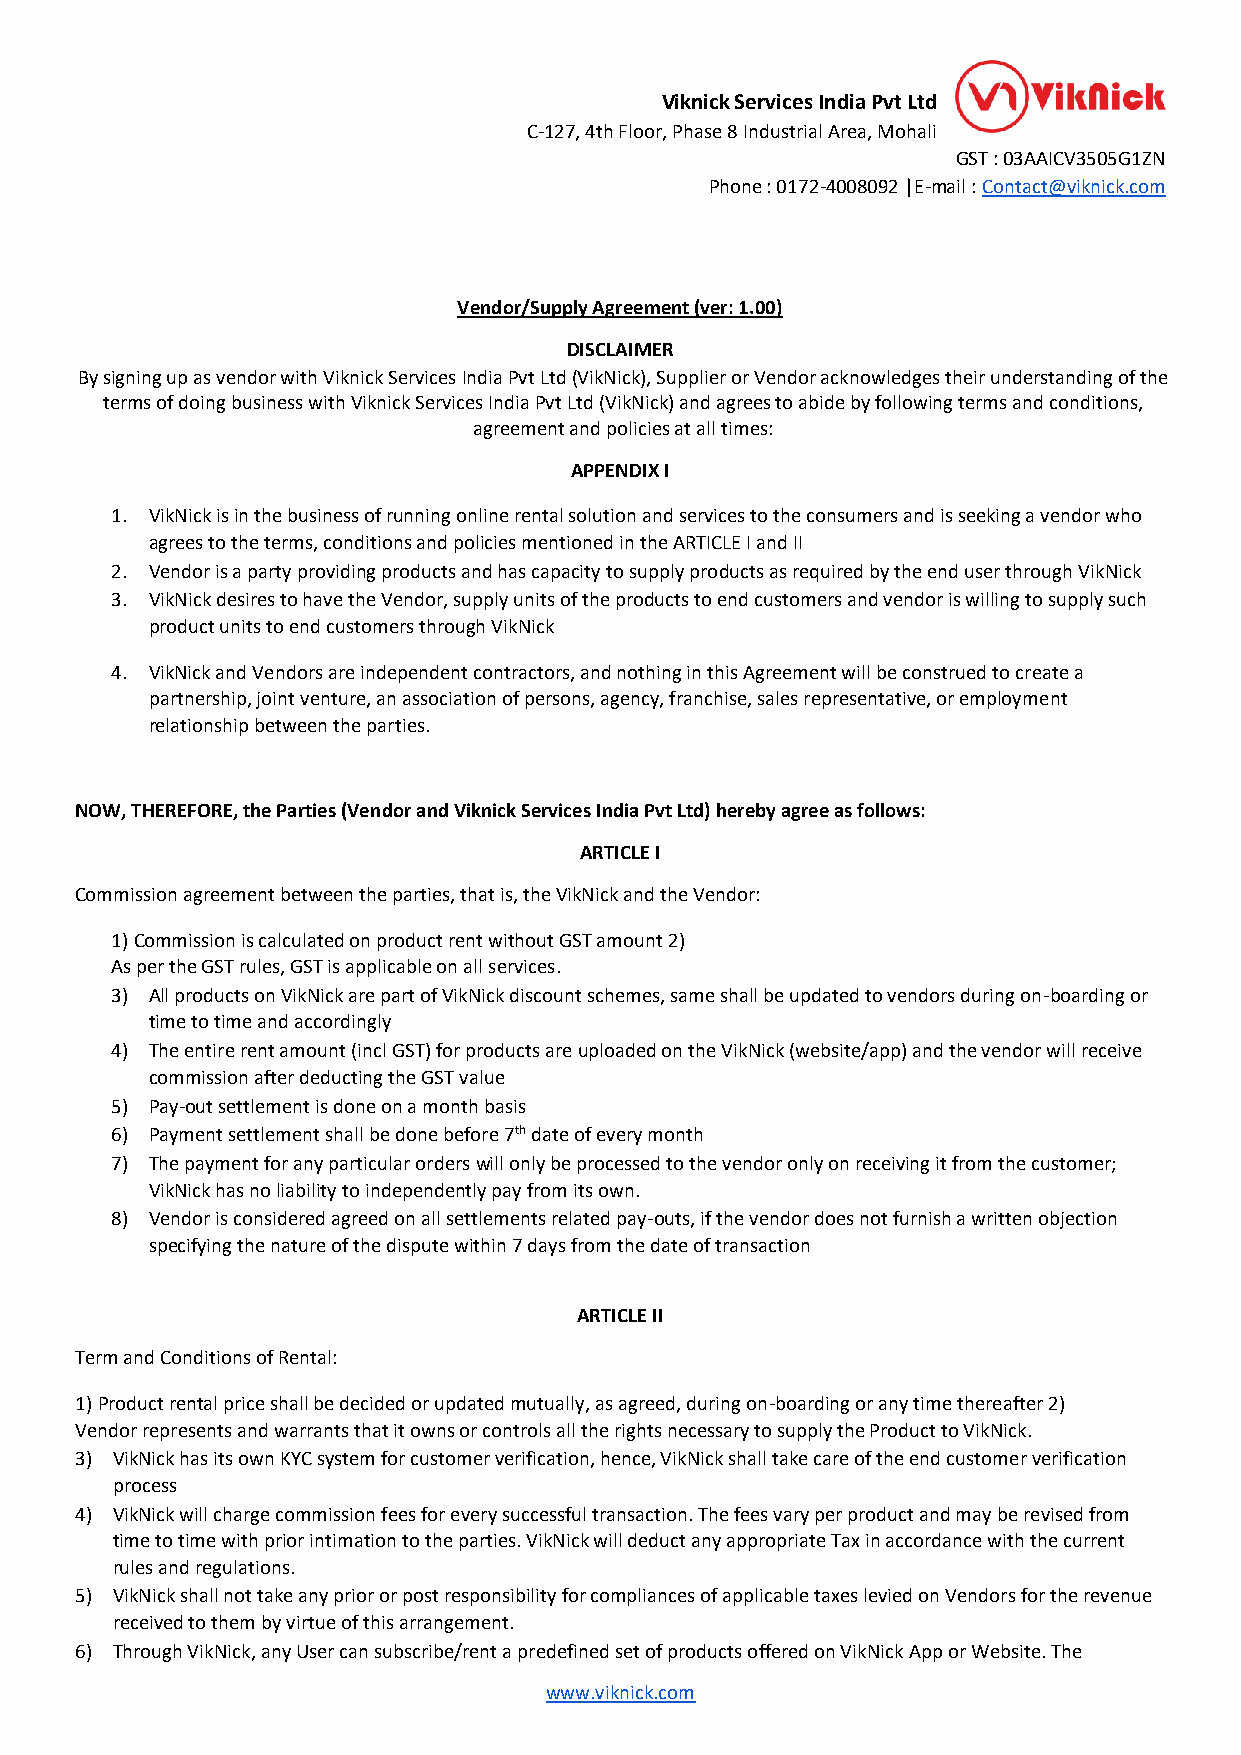
Viknick Services India Pvt Ltd
 C-127, 4th Floor, Phase 8 Industrial Area, Mohali
 GST : 03AAICV3505G1ZN
 Phone : 0172-4008092 |E-mail : Contact@viknick.com
 Vendor/Supply Agreement (ver: 1.00)
 DISCLAIMER
 By signing up as vendor with Viknick Services India Pvt Ltd (VikNick), Supplier or Vendor acknowledges their understanding of the
 terms of doing business with Viknick Services India Pvt Ltd (VikNick) and agrees to abide by following terms and conditions,
 agreement and policies at all times:
 APPENDIX I
 1. VikNick is in the business of running online rental solution and services to the consumers and is seeking a vendor who
 agrees to the terms, conditions and policies mentioned in the ARTICLE I and II
 2. Vendor is a party providing products and has capacity to supply products as required by the end user through VikNick
 3. VikNick desires to have the Vendor, supply units of the products to end customers and vendor is willing to supply such
 product units to end customers through VikNick
 4. VikNick and Vendors are independent contractors, and nothing in this Agreement will be construed to create a
 partnership, joint venture, an association of persons, agency, franchise, sales representative, or employment
 relationship between the parties.
 NOW, THEREFORE, the Parties (Vendor and Viknick Services India Pvt Ltd) hereby agree as follows:
 ARTICLE I
 Commission agreement between the parties, that is, the VikNick and the Vendor:
 1) Commission is calculated on product rent without GST amount 2)
 As per the GST rules, GST is applicable on all services.
 3) All products on VikNick are part of VikNick discount schemes, same shall be updated to vendors during on-boarding or
 time to time and accordingly
 4) The entire rent amount (incl GST) for products are uploaded on the VikNick (website/app) and the vendor will receive
 commission after deducting the GST value
 5) Pay-out settlement is done on a month basis
 6) Payment settlement shall be done before 7th date of every month
 7) The payment for any particular orders will only be processed to the vendor only on receiving it from the customer;
 VikNick has no liability to independently pay from its own.
 8) Vendor is considered agreed on all settlements related pay-outs, if the vendor does not furnish a written objection
 specifying the nature of the dispute within 7 days from the date of transaction
 ARTICLE II
 Term and Conditions of Rental:
 1) Product rental price shall be decided or updated mutually, as agreed, during on-boarding or any time thereafter 2)
 Vendor represents and warrants that it owns or controls all the rights necessary to supply the Product to VikNick.
 3) VikNick has its own KYC system for customer verification, hence, VikNick shall take care of the end customer verification
 process
 4) VikNick will charge commission fees for every successful transaction. The fees vary per product and may be revised from
 time to time with prior intimation to the parties. VikNick will deduct any appropriate Tax in accordance with the current
 rules and regulations.
 5) VikNick shall not take any prior or post responsibility for compliances of applicable taxes levied on Vendors for the revenue
 received to them by virtue of this arrangement.
 6) Through VikNick, any User can subscribe/rent a predefined set of products offered on VikNick App or Website. The
 www.viknick.com